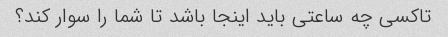
تاکسی چه ساعتی باید اینجا باشد تا شما را سوار کند؟